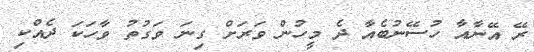
ރޭ އޭނާއާ ހުސޭނުބެއާ ދެ މީހުން ވަރަށް ގިނަ ވަގުތު ވާހަކަ ދެއްކި